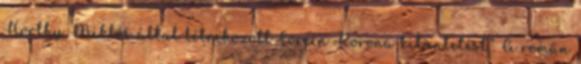
Horthy Miklós által létrehozott Corvin Korona kitüntetést”. A román